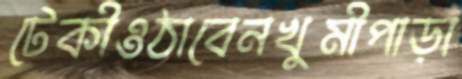
টেকীওঠাবেনখুমীপাড়া